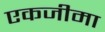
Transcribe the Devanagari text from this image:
एकजीमा